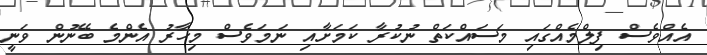
އެއްވެސް ފިލްމެއްގައި މަސައްކަތް ނުކުރާ ކަމަށާއި ނަމަވެސް މިހާރު އެންމެ ބޭނުން ވަނީ